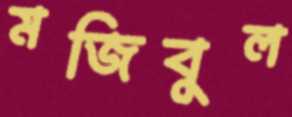
মজিবুল